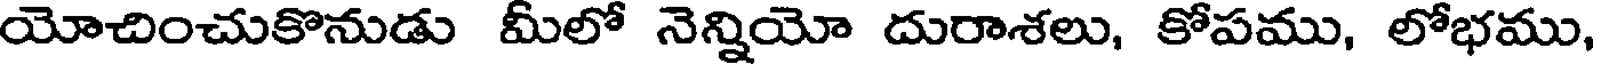
యోచించుకొనుడు మీలో నెన్నియో దురాశలు, కోపము, లోభము,